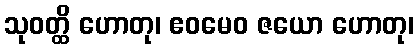
သုဝတ္ထိ ဟောတု၊ ဧဝမေဝ ဇယော ဟောတု၊